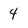
Character: 4